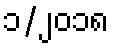
၁/၂၀၁၈